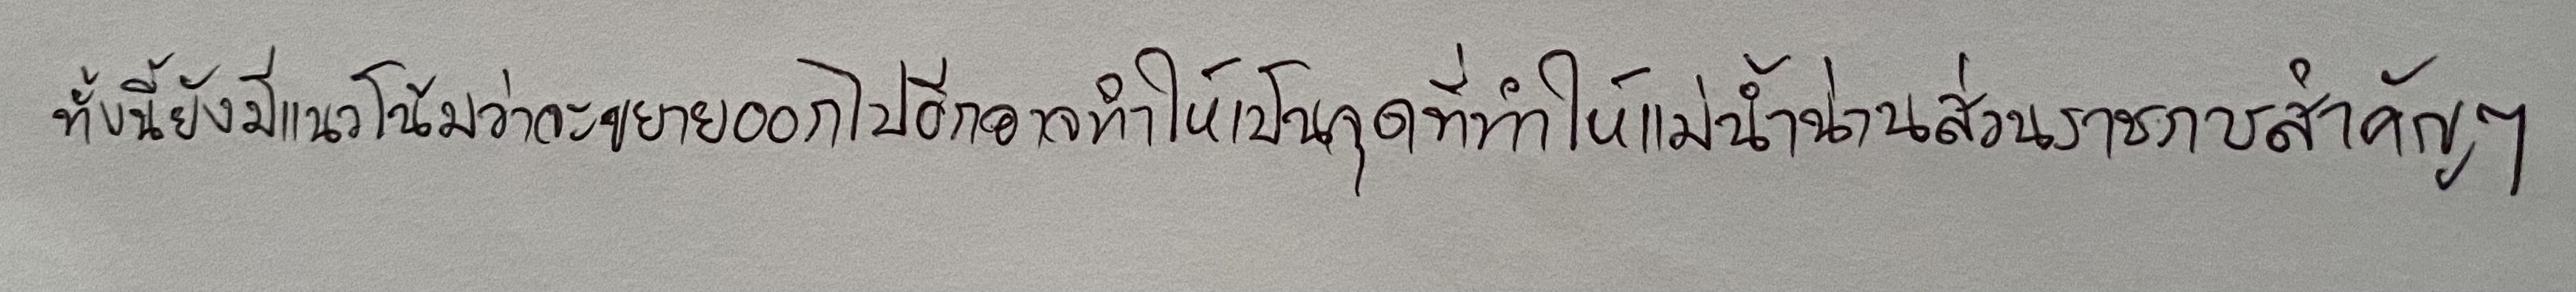
ทั้งนี้ยังมีแนวโน้มว่าจะขยายออกไปอีกอาจทำให้เป็นจุดที่ทำให้แม่น้ำน่านส่วนราชการสำคัญๆ